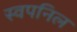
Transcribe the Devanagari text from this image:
स्वपनिल